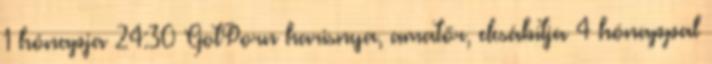
1 hónapja 24:30 GotPorn harisnya, amatőr, elcsábítja 4 hónappal